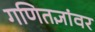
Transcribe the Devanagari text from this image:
गणितज्ञांवर